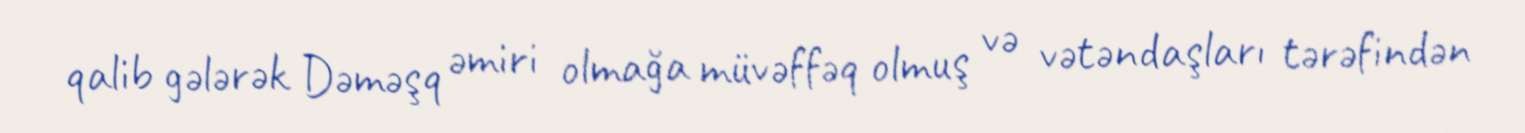
qalib gələrək Dəməşq əmiri olmağa müvəffəq olmuş və vətəndaşları tərəfindən